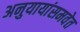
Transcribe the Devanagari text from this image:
अनुयायांसमवेत